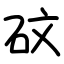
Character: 砇